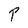
Character: P